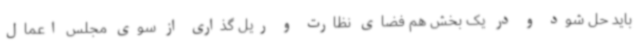
باید حل شود و در یک بخش هم فضای نظارت و ریل گذاری از سوی مجلس اعمال